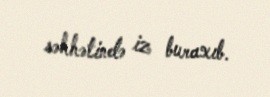
səhhətində iz buraxıb.